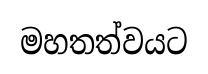
මහතත්වයට